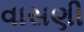
વાસણી